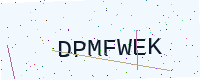
Text: DPMFWEK